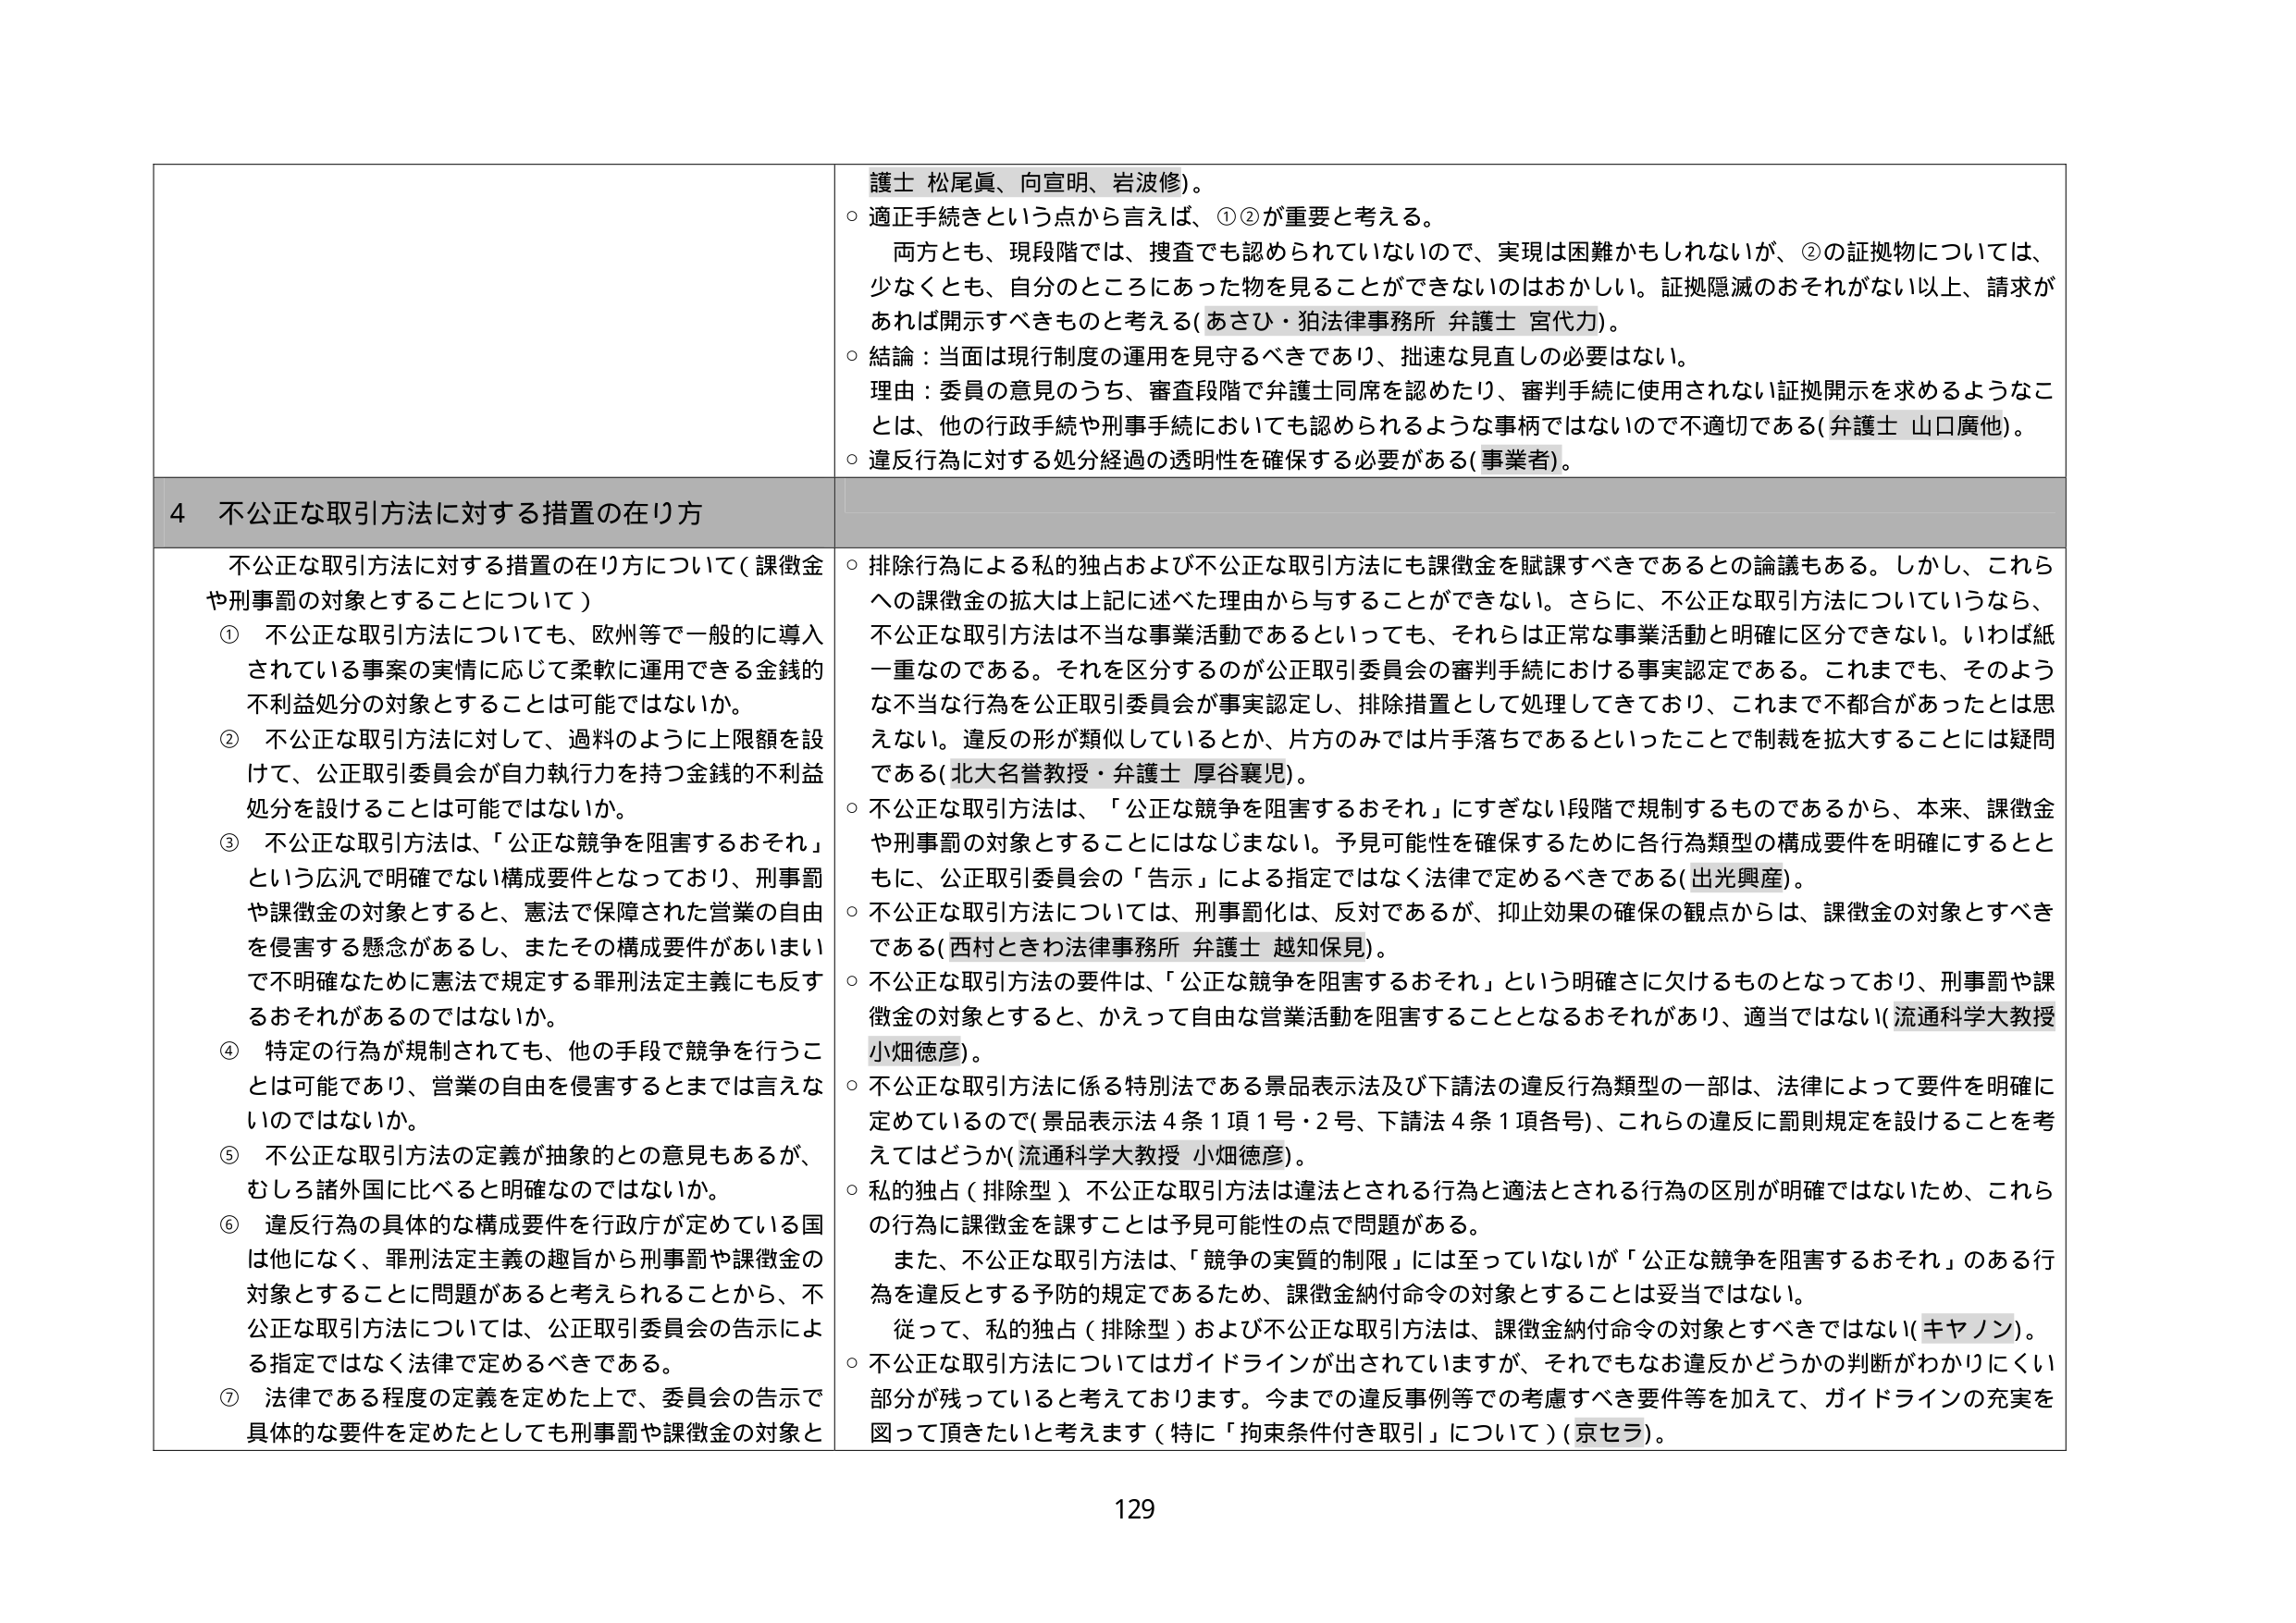
護士 松尾眞、向宣明、岩波修)。

○ 適正手続きという点から言えば、①②が重要と考える。
　両方とも、現段階では、捜査でも認められていないので、実現は困難かもしれないが、②の証拠物については、
　少なくとも、自分のところにあった物を見ることができないのはおかしい。証拠隠滅のおそれがない以上、請求が
　あれば開示すべきものと考える(あさひ・狛法律事務所 弁護士 宮代力)。

○ 結論：当面は現行制度の運用を見守るべきであり、拙速な見直しの必要はない。
　理由：委員の意見のうち、審査段階で弁護士同席を認めたり、審判手続に使用されない証拠開示を求めるようなこ
　とは、他の行政手続や刑事手続においても認められるような事柄ではないので不適切である(弁護士 山口廣他)。

○ 違反行為に対する処分経過の透明性を確保する必要がある(事業者)。

4 不公正な取引方法に対する措置の在り方

　不公正な取引方法に対する措置の在り方について(課徴金
　や刑事罰の対象とすることについて)
① 不公正な取引方法についても、欧州等で一般的に導入
　されている事案の実情に応じて柔軟に運用できる金銭的
　不利益処分の対象とすることは可能ではないか。
② 不公正な取引方法に対して、過料のように上限額を設
　けて、公正取引委員会が自力執行力を持つ金銭的不利益
　処分を設けることは可能ではないか。
③ 不公正な取引方法は、「公正な競争を阻害するおそれ」
　という広汎で明確でない構成要件となっており、刑事罰
　や課徴金の対象とすると、憲法で保障された営業の自由
　を侵害する懸念があるし、またその構成要件があいまい
　で不明確なために憲法で規定する罪刑法定主義にも反す
　るおそれがあるのではないか。
④ 特定の行為が規制されても、他の手段で競争を行うこ
　とは可能であり、営業の自由を侵害するとまでは言えな
　いのではないか。
⑤ 不公正な取引方法の定義が抽象的との意見もあるが、
　むしろ諸外国に比べると明確なのではないか。
⑥ 違反行為の具体的な構成要件を行政庁が定めている国
　は他になく、罪刑法定主義の趣旨から刑事罰や課徴金の
　対象とすることに問題があると考えられることから、不
　公正な取引方法については、公正取引委員会の告示によ
　る指定ではなく法律で定めるべきである。
⑦ 法律である程度の定義を定めた上で、委員会の告示で
　具体的な要件を定めたとしても刑事罰や課徴金の対象と

○ 排除行為による私的独占および不公正な取引方法にも課徴金を賦課すべきであるとの論議もある。しかし、これら
　への課徴金の拡大は上記に述べた理由から与することができない。さらに、不公正な取引方法についていわば、
　不公正な取引方法は不当な事業活動であるといっても、それらは正常な事業活動と明確に区分できない。いわば紙
　一重なのである。それを区分するのが公正取引委員会の審判手続における事実認定である。これまでも、そのよう
　な不当な行為を公正取引委員会が事実認定し、排除措置として処理してきており、これまで不都合があったとは思
　えない。違反の形が類似しているとか、片方のみでは片手落ちであるといったことで制裁を拡大することには疑問
　である(北大名誉教授・弁護士 厚谷襄児)。

○ 不公正な取引方法は、「公正な競争を阻害するおそれ」にすぎない段階で規制するものであるから、本来、課徴金
　や刑事罰の対象とすることにはなじまない。予見可能性を確保するために各行為類型の構成要件を明確にすると
　もに、公正取引委員会の「告示」による指定ではなく法律で定めるべきである(出光興産)。

○ 不公正な取引方法については、刑事罰化は、反対であるが、抑止効果の確保の観点からは、課徴金の対象とすべき
　である(西村ときわ法律事務所 弁護士 越知保見)。

○ 不公正な取引方法の要件は、「公正な競争を阻害するおそれ」という明確さに欠けるものとなっており、刑事罰や課
　徴金の対象とすると、かえって自由な営業活動を阻害することとなるおそれがあり、適当ではない(流通科学大教授
　小畑徳彦)。

○ 不公正な取引方法に係る特別法である景品表示法及び下請法の違反行為類型の一部は、法律によって要件を明確に
　定めているので(景品表示法4条1項1号・2号、下請法4条1項各号)、これらの違反に罰則規定を設けることを考
　えてはどうか(流通科学大教授 小畑徳彦)。

○ 私的独占(排除型)、不公正な取引方法は違法とされる行為と適法とされる行為の区別が明確ではないため、これら
　の行為に課徴金を課すことは予見可能性の点で問題がある。
　　また、不公正な取引方法は、「競争の実質的制限」には至っていないが「公正な競争を阻害するおそれ」のある行
　　為を違反とする予防的規定であるため、課徴金納付命令の対象とすることは妥当ではない。
　　従って、私的独占(排除型)および不公正な取引方法は、課徴金納付命令の対象とすべきではない(キヤノン)。

○ 不公正な取引方法についてはガイドラインが出されていますが、それでもなお違反かどうかの判断がわかりにくい
　部分が残っていると考えております。今までの違反事例等での考慮すべき要件等を加えて、ガイドラインの充実を
　図って頂きたいと考えます(特に「拘束条件付き取引」について)(京セラ)。

129